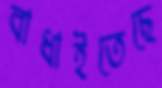
বাধাইতেছে